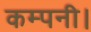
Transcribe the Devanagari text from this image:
कम्पनी।